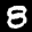
Label: 8